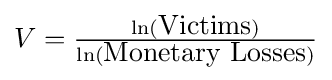
V={\tfrac {\ln({\hbox{Victims}})}{\ln({\hbox{Monetary Losses}})}}